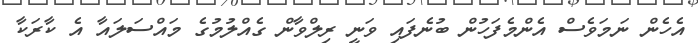
އެހެން ނަމަވެސް އެންމެފަހުން ބުނެފައި ވަނީ ރިލްވާން ގެއްލުމުގެ މައްސަލައާ އެ ކާރަކާ